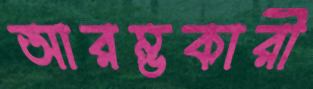
আরম্ভকারী